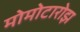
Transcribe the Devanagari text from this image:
मोमोटारोझ